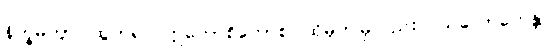
နိက္ခမိတွာ၊ ထွက်၍။ ဣတောစိတောစ၊ ထိုမှဤမှလည်း။ ဩလောကေန္တာ၊